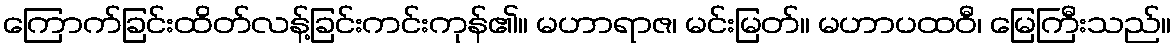
ကြောက်ခြင်းထိတ်လန့်ခြင်းကင်းကုန်၏။ မဟာရာဇ၊ မင်းမြတ်။ မဟာပထဝီ၊ မြေကြီးသည်။